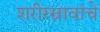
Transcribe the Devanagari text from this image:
शरीरस्रावांचे